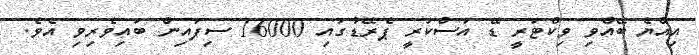
އިއްޔެ ބޭއްވި ވިކްޓަރީ ޑޭ އަސްކަރީ ޕެރޭޑުގައި 16000 ސިފަައިން ބައިވެރިވި އެެވެ.